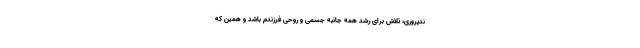
ندپروری، تلاش برای رشد همه جانبه جسمی و روحی فرزندم باشد و همین که